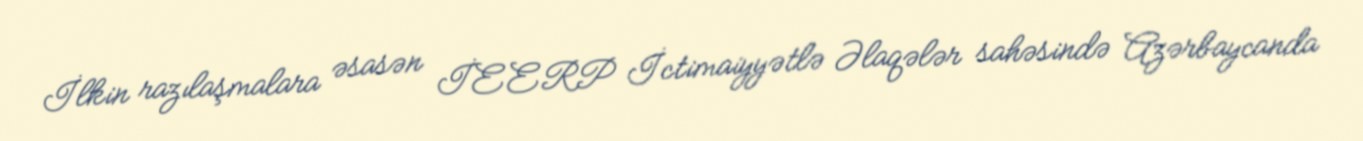
İlkin razılaşmalara əsasən İEERP İctimaiyyətlə Əlaqələr sahəsində Azərbaycanda